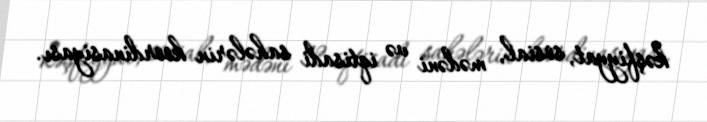
kəşfiyyat, sosial, mədəni və iqtisadi sahələrin koordinasiyası.